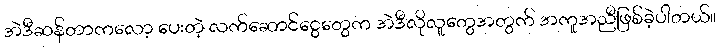
အဲဒီဆန်တာကလော့ ပေးတဲ့ လက်ဆောင်ငွေတွေက အဲဒီလိုလူတွေအတွက် အကူအညီဖြစ်ခဲ့ပါတယ်။